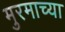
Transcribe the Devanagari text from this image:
मुरमाच्या